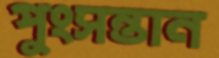
পুংসন্তান